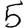
Digit: 5